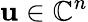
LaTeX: \mathbf{u}\in\mathbb{C}^{n}